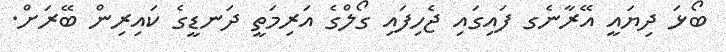
ބޯޅަ ދިޔައީ އޭރާނެގ ފައިގައި ޖެހިފައި ގޯލްގެ އަރިމަތީ ދަނޑީގެ ކައިރިން ބޭރަށް.